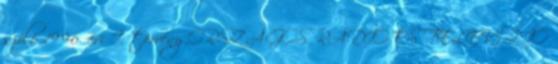
szóló 1996. évi I. törvény ORSZÁGOS RÁDIÓ ÉS TELEVÍZIÓ